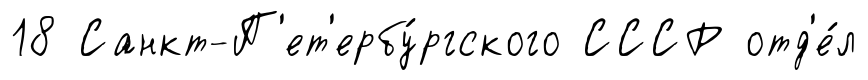
18 Санкт-П'ет'ербу́ргского СССР отд'е́л